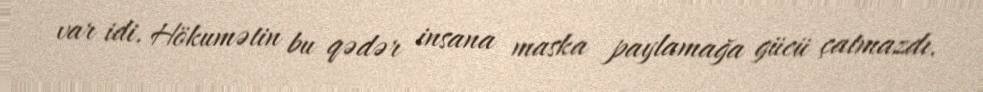
var idi. Hökumətin bu qədər insana maska paylamağa gücü çatmazdı.